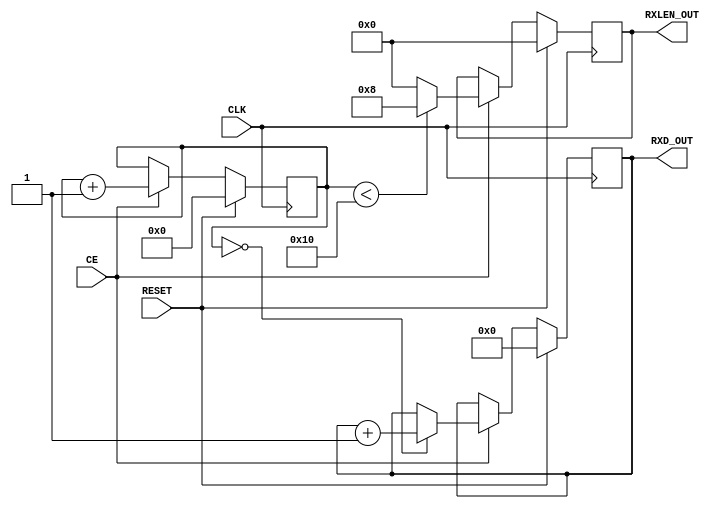

// Copyright (C) Akira Higuchi  ( https://github.com/ahiguti )
// Copyright (C) DeNA Co.,Ltd. ( https://dena.com )
// All rights reserved.
// See COPYRIGHT.txt for details

module xgmii_generate_testdata(
input CLK,
input RESET,
input CE,
output [63:0] RXD_OUT,
output [3:0] RXLEN_OUT
);

reg [63:0] rxd;
reg [3:0] rxlen;
reg [11:0] cnt;

assign RXD_OUT = rxd;
assign RXLEN_OUT = rxlen;

always @(posedge CLK) begin
    if (RESET) begin
        rxd <= 0;
        rxlen <= 0;
        cnt <= 0;
    end else if (!CE) begin
    end else begin
        cnt <= cnt + 1;
        if (cnt < 16) begin
            rxlen <= 8;
        end else begin
            rxlen <= 0;
        end
        if (cnt == 0) begin
            rxd <= rxd + 1;
        end
    end
end

endmodule